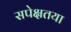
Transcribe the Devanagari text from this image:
सपेक्षतया